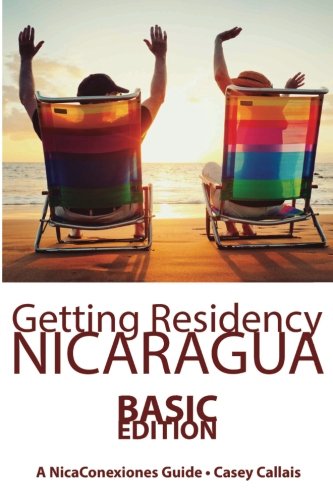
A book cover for Getting Residency Nicaragua: Understanding Nicaragua's Residency Process in Plain English; Casey Callais; Travel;